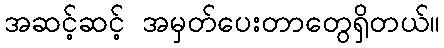
အဆင့်ဆင့် အမှတ်ပေးတာတွေရှိတယ်။